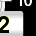
Digit: 2